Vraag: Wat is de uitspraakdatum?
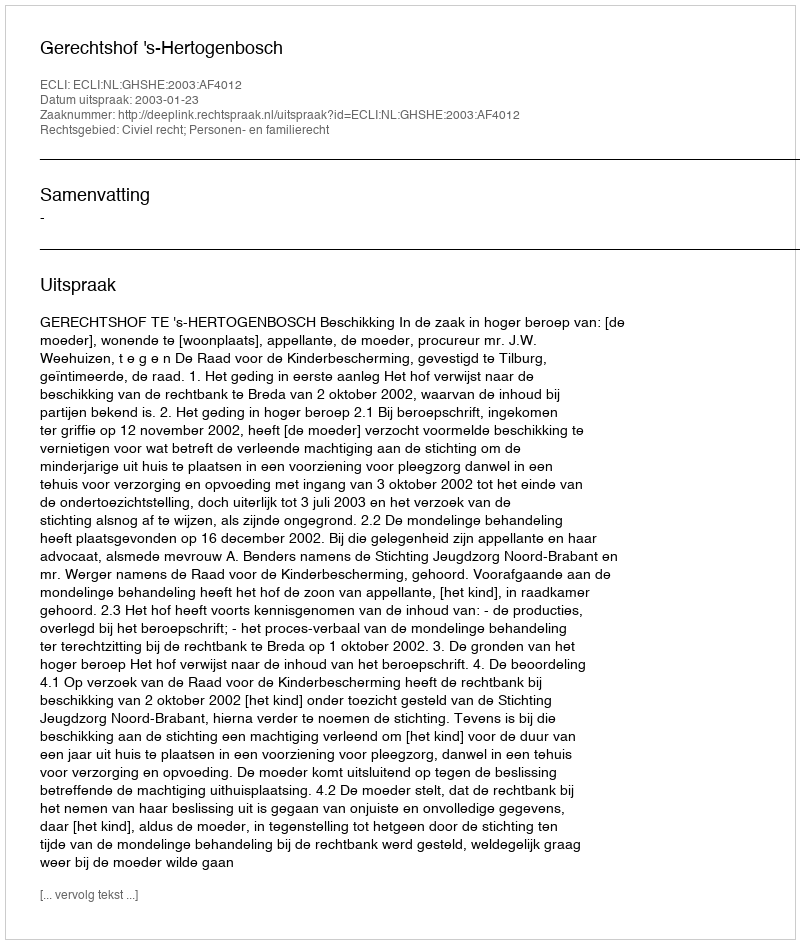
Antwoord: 2003-01-23